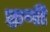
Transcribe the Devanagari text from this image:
झणी